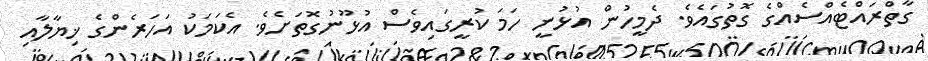
ގާތްރައްޓެއްސެއްގެ ގޮތުގައެވެ. ދެމީހުން އުޅުނީ ހަމަ ކުރީގައިވެސް އުޅޫނުގޮތަށެވެ. އެކަމަކު އަހަރެންގެ ޚިޔާލާއި